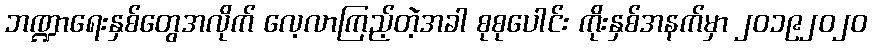
ဘဏ္ဍာရေးနှစ်တွေအလိုက် လေ့လာကြည့်တဲ့အခါ စုစုပေါင်း ကိုးနှစ်အနက်မှာ ၂၀၁၉၂၀၂၀